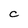
Character: C